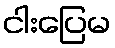
ငါးပြေမ